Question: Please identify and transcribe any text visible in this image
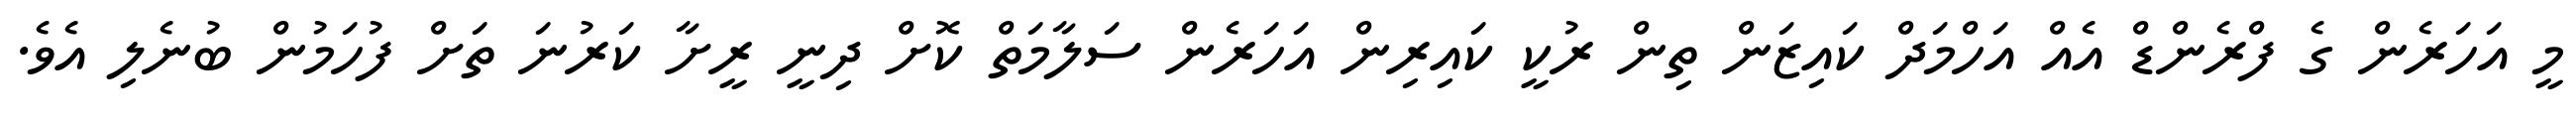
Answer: މީ އަހަރެން ގެ ފްރެންޑް އެއް އަހްމަދް ކައިޒަން ތިން ރުކީ ކައިރިން އަހަރެން ސަލާމަތް ކޮށް ދިނީ ރީށާ ކަރުނަ ތަށް ފުހަމުން ބުނެލި އެވެ.